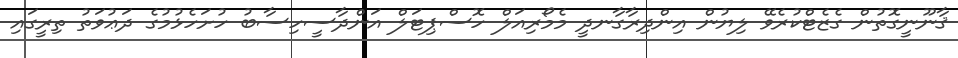
ޤާނޫނީގޮތުން ގެޒެޓްކުރެވޭ ލިޔުން އިންދިރާގާނދީ މެމޯރިއަލް ހޮސްޕިޓަލް އަންދާސީހިސާބު ހުށަހެޅުމުގެ ދަޢުވަތު ތިރީގައި